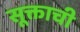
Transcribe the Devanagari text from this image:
सूक्ताची